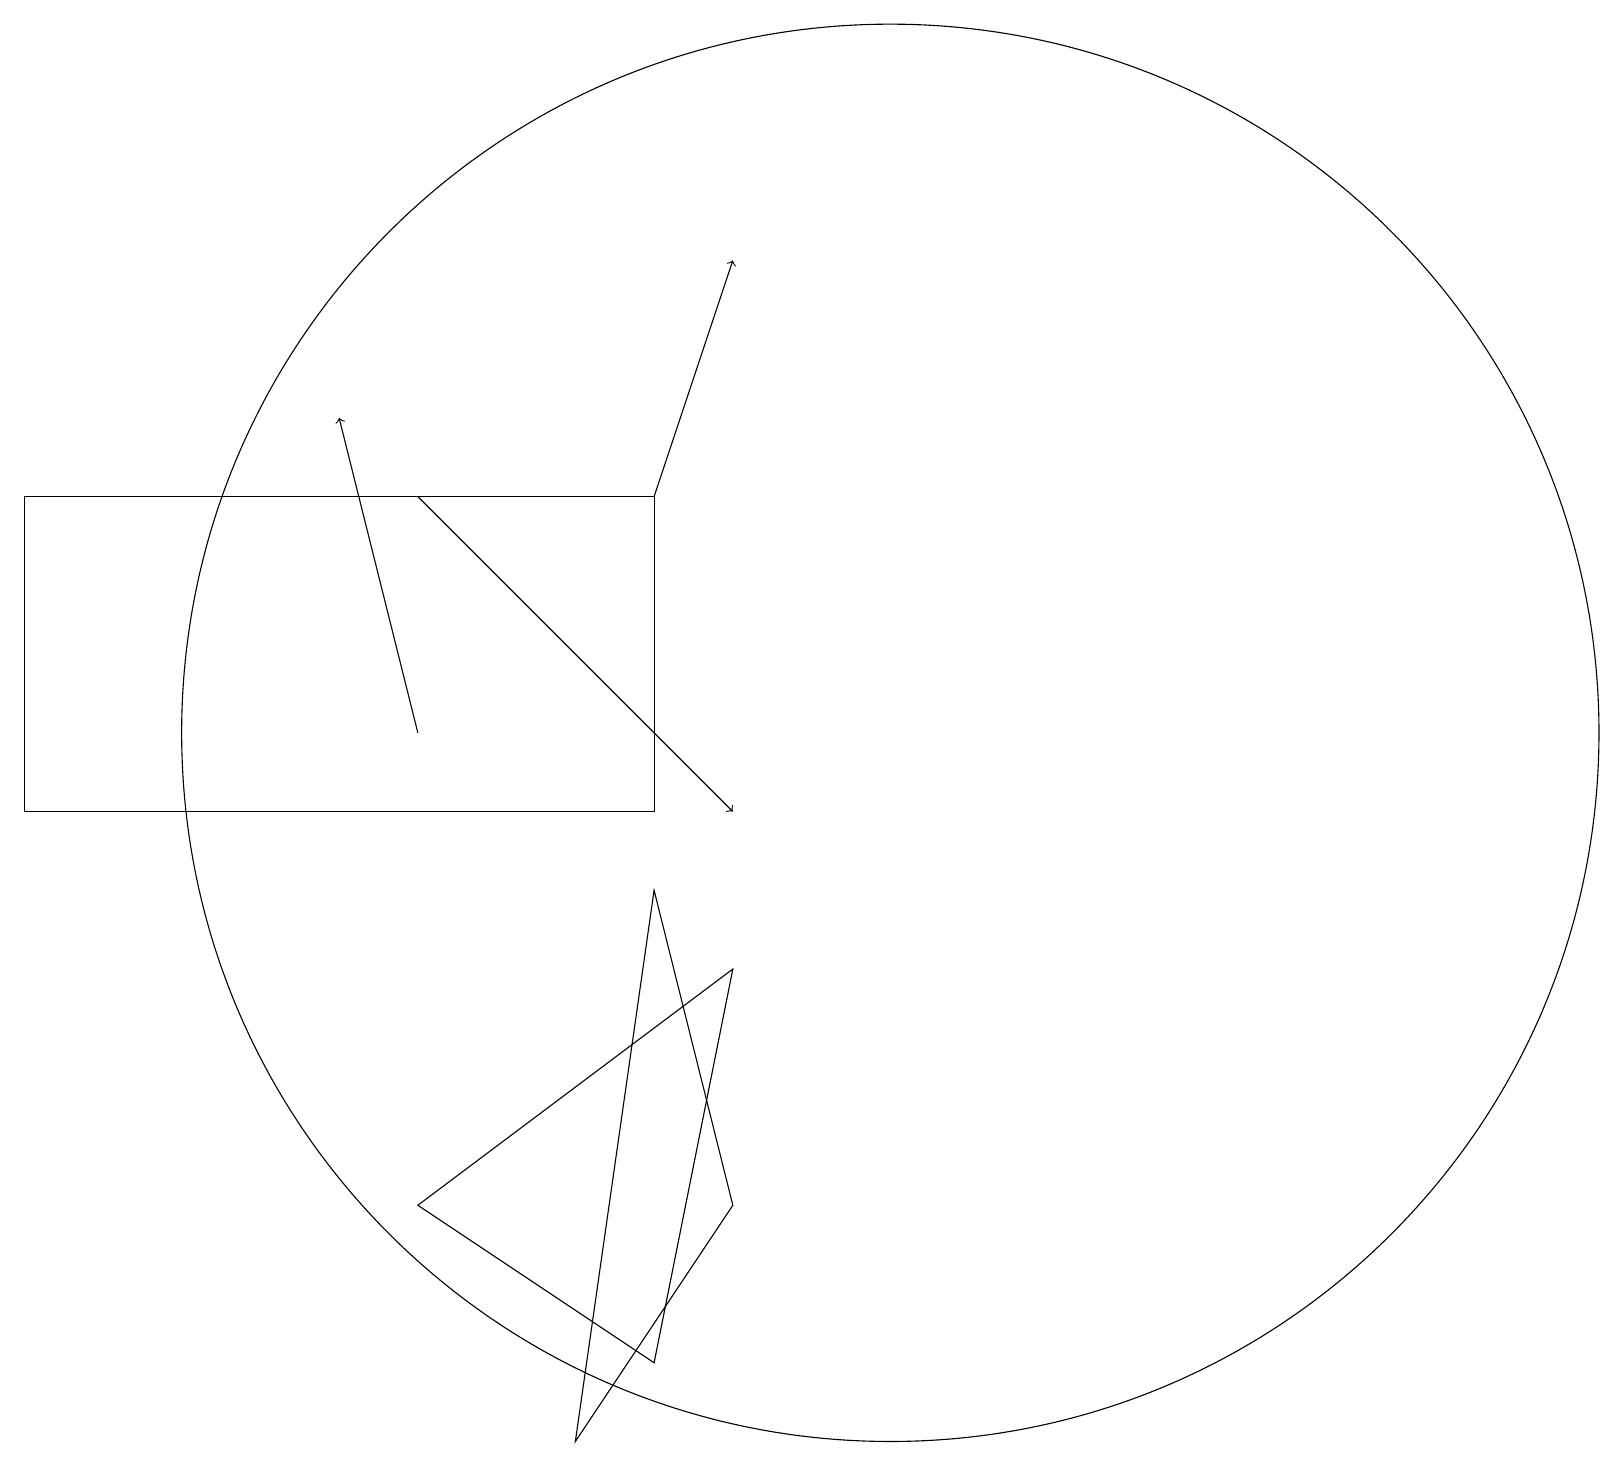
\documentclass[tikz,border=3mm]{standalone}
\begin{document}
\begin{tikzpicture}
\draw[->] (5,14) -- (9,10);
\draw (11,11) circle (9);
\draw[->] (8,14) -- (9,17);
\draw (8,9) -- (7,2) -- (9,5) -- cycle;
\draw (0,10) rectangle (8,14);
\draw[->] (5,11) -- (4,15);
\draw (9,8) -- (8,3) -- (5,5) -- cycle;
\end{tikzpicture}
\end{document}